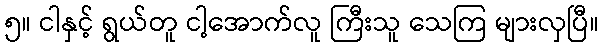
၅။ ငါနှင့် ရွယ်တူ ငါ့အောက်လူ ကြီးသူ သေကြ များလှပြီ။